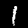
Digit: 1